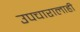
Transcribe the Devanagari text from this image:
उपचारालाही